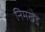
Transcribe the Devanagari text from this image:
निमखेड